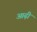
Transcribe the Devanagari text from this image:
आढ़ी